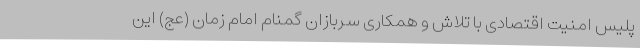
پلیس امنیت اقتصادی با تلاش و همکاری سربازان گمنام امام زمان (عج) این